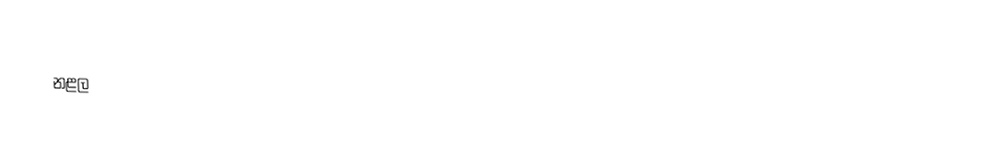
නළල